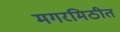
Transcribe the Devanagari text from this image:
मगरमिठीत